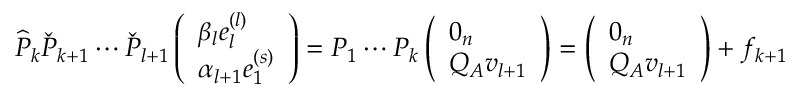
\widehat { P } _ { k } \check { P } _ { k + 1 } \cdots \check { P } _ { l + 1 } \left( \begin{array} { l } { \beta _ { l } e _ { l } ^ { ( l ) } } \\ { \alpha _ { l + 1 } e _ { 1 } ^ { ( s ) } } \end{array} \right) = P _ { 1 } \cdots P _ { k } \left( \begin{array} { l } { 0 _ { n } } \\ { Q _ { A } v _ { l + 1 } } \end{array} \right) = \left( \begin{array} { l } { 0 _ { n } } \\ { Q _ { A } v _ { l + 1 } } \end{array} \right) + f _ { k + 1 }